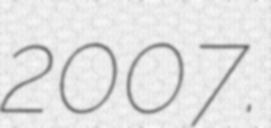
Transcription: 2007.